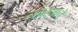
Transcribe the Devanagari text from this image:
नवऱ्याचे